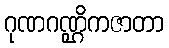
ဂုဏဂဏ္ဌိကဇာတာ